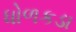
ધોળકડા